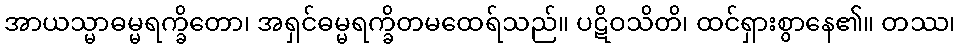
အာယသ္မာဓမ္မရက္ခိတော၊ အရှင်ဓမ္မရက္ခိတမထေရ်သည်။ ပဋိဝသိတိ၊ ထင်ရှားစွာနေ၏။ တဿ၊